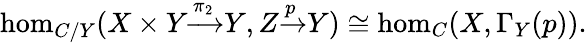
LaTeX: \hom_{C/Y}(X\times Y{\xrightarrow{\pi_{2}}}Y,Z{\xrightarrow{p}}Y)\cong\hom_{C}(X,\Gamma_{Y}(p)).